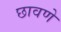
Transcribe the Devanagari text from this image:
छावणे